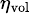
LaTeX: \scriptstyle\eta_{\mathrm{vol}}